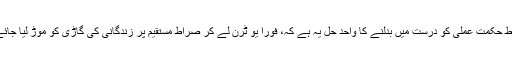
غلط حکمت عملی کو درست میں بدلنے کا واحد حل یہ ہے کہ، فوراً یو ٹرن لے کر صراط مستقیم پر زندگانی کی گاڑی کو موڑ لیا جائے۔